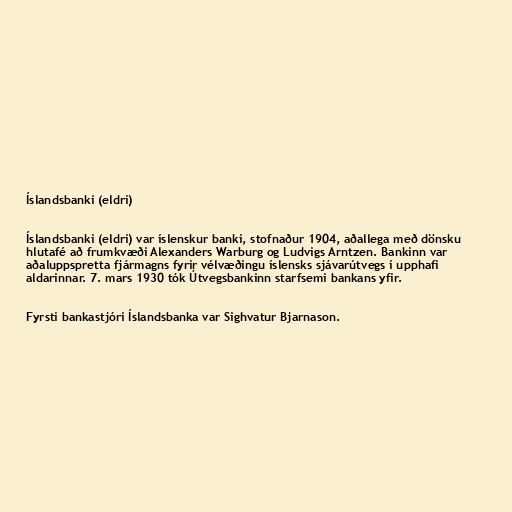
Íslandsbanki (eldri)

Íslandsbanki (eldri) var íslenskur banki, stofnaður 1904, aðallega með dönsku
hlutafé að frumkvæði Alexanders Warburg og Ludvigs Arntzen. Bankinn var
aðaluppspretta fjármagns fyrir vélvæðingu íslensks sjávarútvegs í upphafi
aldarinnar. 7. mars 1930 tók Útvegsbankinn starfsemi bankans yfir.

Fyrsti bankastjóri Íslandsbanka var Sighvatur Bjarnason.